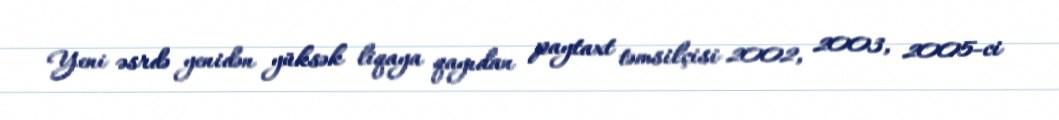
Yeni əsrdə yenidən yüksək liqaya qayıdan paytaxt təmsilçisi 2002, 2003, 2005-ci